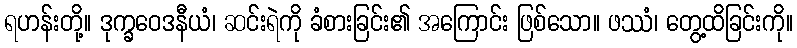
ရဟန်းတို့။ ဒုက္ခဝေဒနီယံ၊ ဆင်းရဲကို ခံစားခြင်း၏ အကြောင်း ဖြစ်သော။ ဖဿံ၊ တွေ့ထိခြင်းကို။